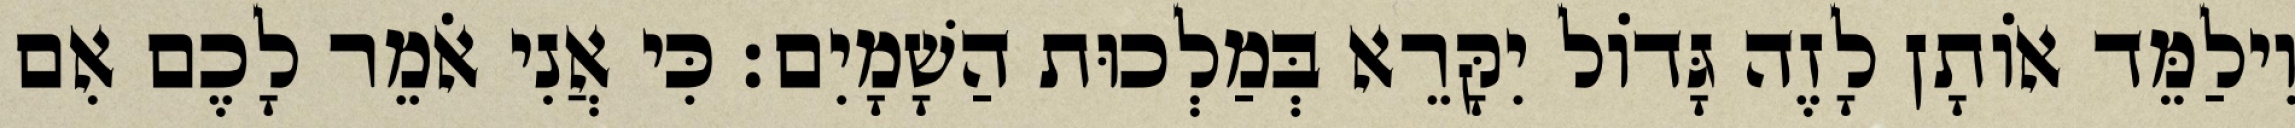
וִילַמֵּד אוֹתָן לָזֶה גָּדוֹל יִקָּרֵא בְּמַלְכוּת הַשָׁמָיִם׃ כִּי אֲנִי אֹמֵר לָכֶם אִם